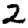
Digit: 2